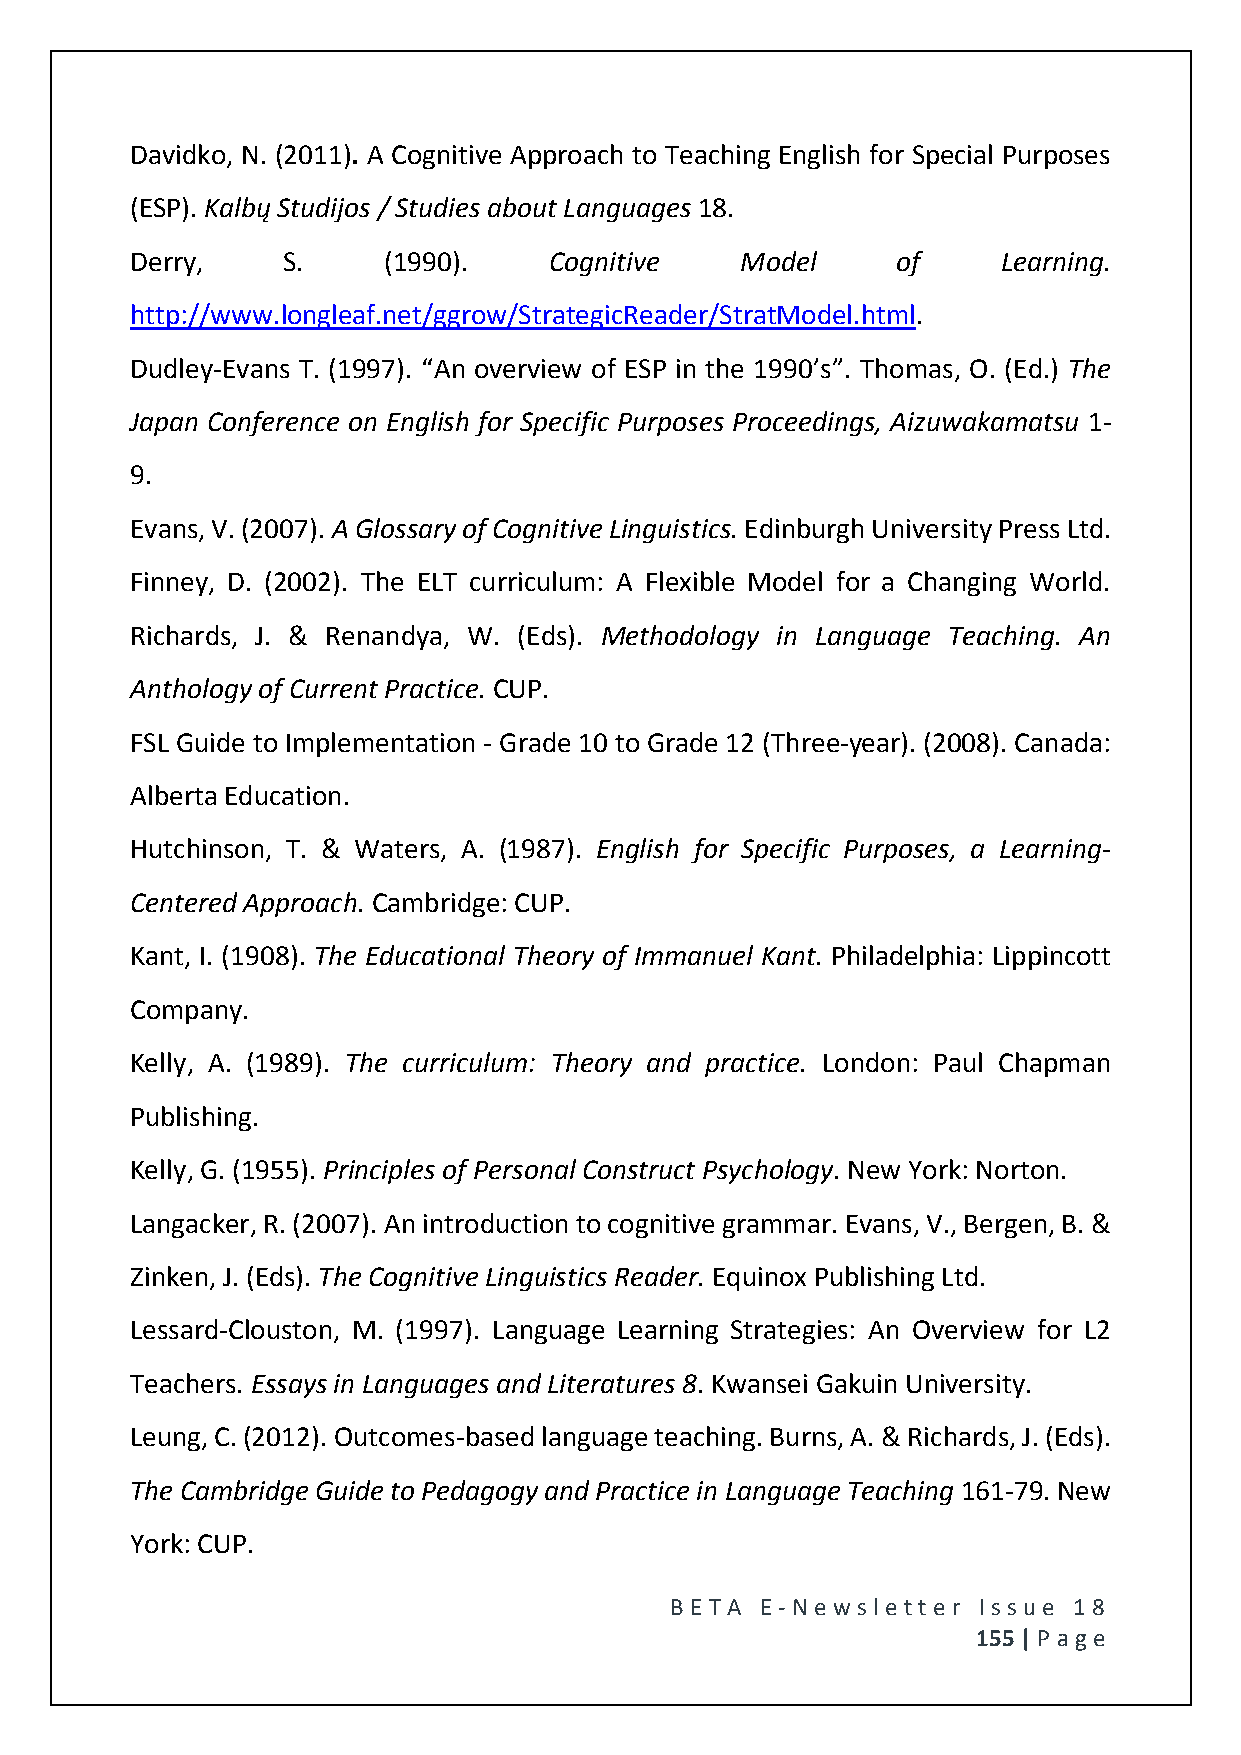
Davidko, N. (2011). A Cognitive Approach to Teaching English for Special Purposes
 (ESP). Kalbų Studijos / Studies about Languages 18.
 Derry,    S.    (1990).    Cognitive    Model     of     Learning.
 http://www.longleaf.net/ggrow/StrategicReader/StratModel.html.
 Dudley-Evans T. (1997). “An overview of ESP in the 1990’s”. Thomas, O. (Ed.) The
 Japan Conference on English for Specific Purposes Proceedings, Aizuwakamatsu 1-
 9.
 Evans, V. (2007). A Glossary of Cognitive Linguistics. Edinburgh University Press Ltd.
 Finney, D. (2002). The ELT curriculum: A Flexible Model for a Changing World.
 Richards, J. & Renandya, W. (Eds). Methodology in Language Teaching. An
 Anthology of Current Practice. CUP.
 FSL Guide to Implementation - Grade 10 to Grade 12 (Three-year). (2008). Canada:
 Alberta Education.
 Hutchinson, T. & Waters, A. (1987). English for Specific Purposes, a Learning-
 Centered Approach. Cambridge: CUP.
 Kant, I. (1908). The Educational Theory of Immanuel Kant. Philadelphia: Lippincott
 Company.
 Kelly, A. (1989). The curriculum: Theory and practice. London: Paul Chapman
 Publishing.
 Kelly, G. (1955). Principles of Personal Construct Psychology. New York: Norton.
 Langacker, R. (2007). An introduction to cognitive grammar. Evans, V., Bergen, B. &
 Zinken, J. (Eds). The Cognitive Linguistics Reader. Equinox Publishing Ltd.
 Lessard-Clouston, M. (1997). Language Learning Strategies: An Overview for L2
 Teachers. Essays in Languages and Literatures 8. Kwansei Gakuin University.
 Leung, C. (2012). Outcomes-based language teaching. Burns, A. & Richards, J. (Eds).
 The Cambridge Guide to Pedagogy and Practice in Language Teaching 161-79. New
 York: CUP.
 BE T A E -N e wsle tt e r Issue 18
 155 | P age